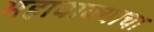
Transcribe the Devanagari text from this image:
महावाक्याचा